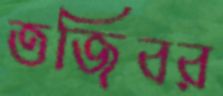
তজিবর